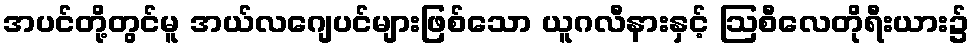
အပင်တို့တွင်မူ အယ်လဂျေပင်များဖြစ်သော ယူဂလီနားနှင့် ဩစီလေတိုရီးယား၌